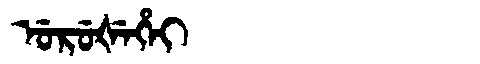
Manchu: ᡠᡵᡠᡧᡝᡥᡝᡳ
Romanization: URUŠEHEI